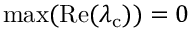
\mathrm { m a x } ( \mathrm { R e } ( \lambda _ { \mathrm { c } } ) ) = 0